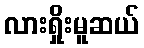
လားရှိုးမူဆယ်